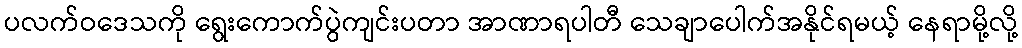
ပလက်ဝဒေသကို ရွေးကောက်ပွဲကျင်းပတာ အာဏာရပါတီ သေချာပေါက်အနိုင်ရမယ့် နေရာမို့လို့